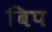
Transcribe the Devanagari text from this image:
बिप